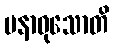
ပနာဝုသောတိ